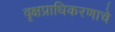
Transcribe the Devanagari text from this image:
वृक्षप्राधिकरणाचे